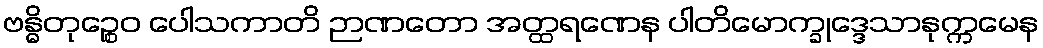
ဗန္ဓိတုဉ္စေဝ ပေါသကာတိ ဉာဏတော အတ္ထရဏေန ပါတိမောက္ခုဒ္ဒေသာနုက္ကမေန